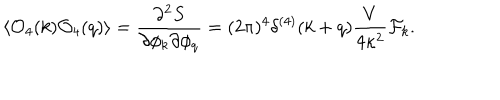
LaTeX: \langle { \cal O } _ { 4 } ( k ) { \cal O } _ { 4 } ( q ) \rangle = { \frac { \partial ^ { 2 } S } { \partial \phi _ { k } \partial \phi _ { q } } } = ( 2 \pi ) ^ { 4 } \delta ^ { ( 4 ) } ( k + q ) { \frac { V } { 4 \kappa ^ { 2 } } } { \cal F } _ { k } .